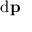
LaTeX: \mathrm { d } \mathbf { p }